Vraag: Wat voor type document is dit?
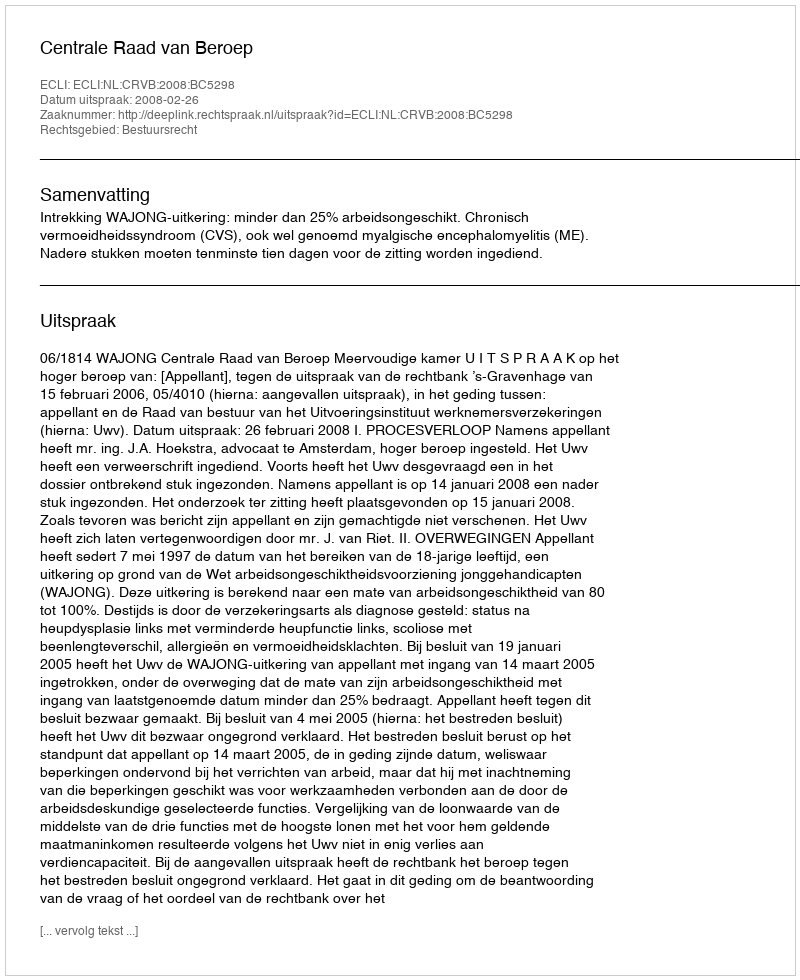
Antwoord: Uitspraak